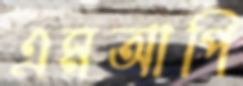
এমআপি